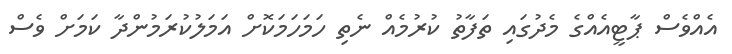
އެއްވެސް ޕާޓީއެއްގެ މެދުގައި ތަފާތު ކުރުމެއް ނެތި ހަމަހަމަކޮށް އަމަލުކުރަމުންދާ ކަމަށް ވެސް